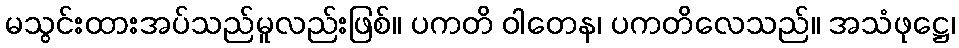
မသွင်းထားအပ်သည်မူလည်းဖြစ်။ ပကတိ ဝါတေန၊ ပကတိလေသည်။ အသံဖုဋ္ဌေ၊